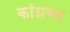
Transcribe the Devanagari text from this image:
कांग्रचर